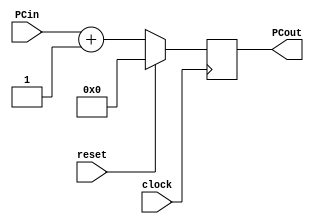

module PC(clock, reset, PCin, PCout);

	input clock, reset;
	input [15:0] PCin;
	
	output reg [15:0] PCout;
	
	always @(posedge clock) begin
		if (reset == 1) 
			PCout <= 0;
		else 
			PCout <= PCin + 1;  //* +2?
	end
endmodule